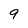
Character: 9